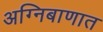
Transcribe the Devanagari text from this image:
अग्निबाणात